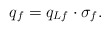
\begin{align*} q_f=q_{{L}f}\cdot\sigma_f.\end{align*}